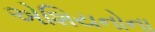
એશિયનોના